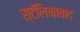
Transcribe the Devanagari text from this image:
स्टॅलिनाबाद